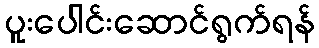
ပူးပေါင်းဆောင်ရွက်ရန်